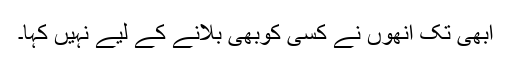
ابھی تک انھوں نے کسی کوبھی بلانے کے لیے نہیں کہا۔